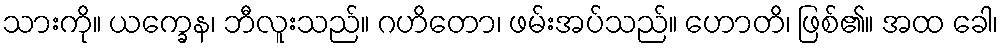
သားကို။ ယက္ခေန၊ ဘီလူးသည်။ ဂဟိတော၊ ဖမ်းအပ်သည်။ ဟောတိ၊ ဖြစ်၏။ အထ ခေါ၊